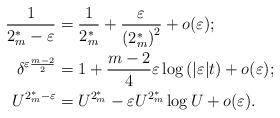
\begin{align*}\frac{1}{2_{m}^{*}-\varepsilon} & =\frac{1}{2_{m}^{*}}+\frac{\varepsilon}{\left(2_{m}^{*}\right)^{2}}+o(\varepsilon);\\\delta^{\varepsilon\frac{m-2}{2}} & =1+\frac{m-2}{4}\varepsilon\log\left(|\varepsilon|t\right)+o(\varepsilon);\\U^{2_{m}^{*}-\varepsilon} & =U^{2_{m}^{*}}-\varepsilon U^{2_{m}^{*}}\log U+o(\varepsilon).\end{align*}